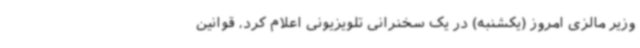
وزیر مالزی امروز (یکشنبه) در یک سخنرانی تلویزیونی اعلام کرد، قوانین